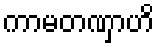
ကာမတဏှာဟိ